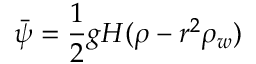
\bar { \psi } = \frac 1 2 g H ( \rho - r ^ { 2 } \rho _ { w } )